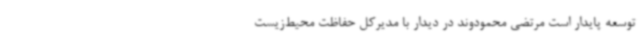
توسعه پایدار است مرتضی محمودوند در دیدار با مدیرکل حفاظت محیط‌زیست